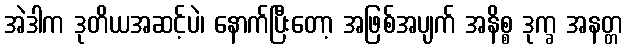
အဲဒါက ဒုတိယအဆင့်ပဲ၊ နောက်ပြီးတော့ အဖြစ်အပျက် အနိစ္စ ဒုက္ခ အနတ္တ